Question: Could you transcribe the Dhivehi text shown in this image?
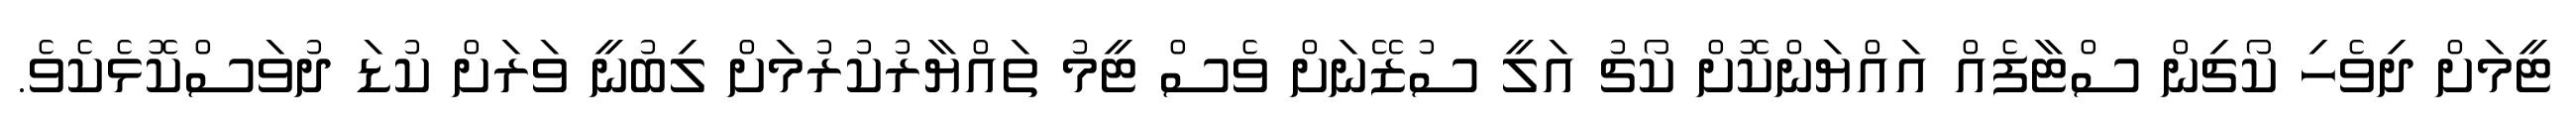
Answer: ޓީމަށް ދިވެހި ކޯޗިން ސްޓާފެއް އައްޔަންކޮށް ކޯޗު އަލީ ސުޒޭނަށް ވެސް ޓީމު ތައްޔާރުކުރުމަށް ލިބުނީ ވަރަށް ކުޑަ ދުވަސްކޮޅެކެވެ.